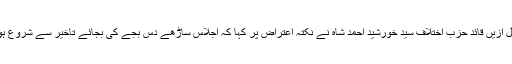
قبل ازیں قائد حزب اختلاف سید خورشید احمد شاہ نے نکتہ اعتراض پر کہا کہ اجلاس ساڑھے دس بجے کی بجائے تاخیر سے شروع ہوا۔